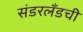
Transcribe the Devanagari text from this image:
संडरलँडची